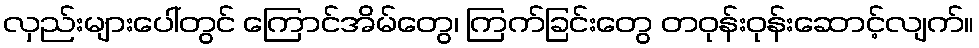
လှည်းများပေါ်တွင် ကြောင်အိမ်တွေ၊ ကြက်ခြင်းတွေ တဝုန်းဝုန်းဆောင့်လျက်။